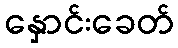
နှောင်းခေတ်